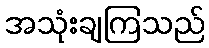
အသုံးချကြသည်